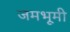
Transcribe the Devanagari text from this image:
जमभूमी